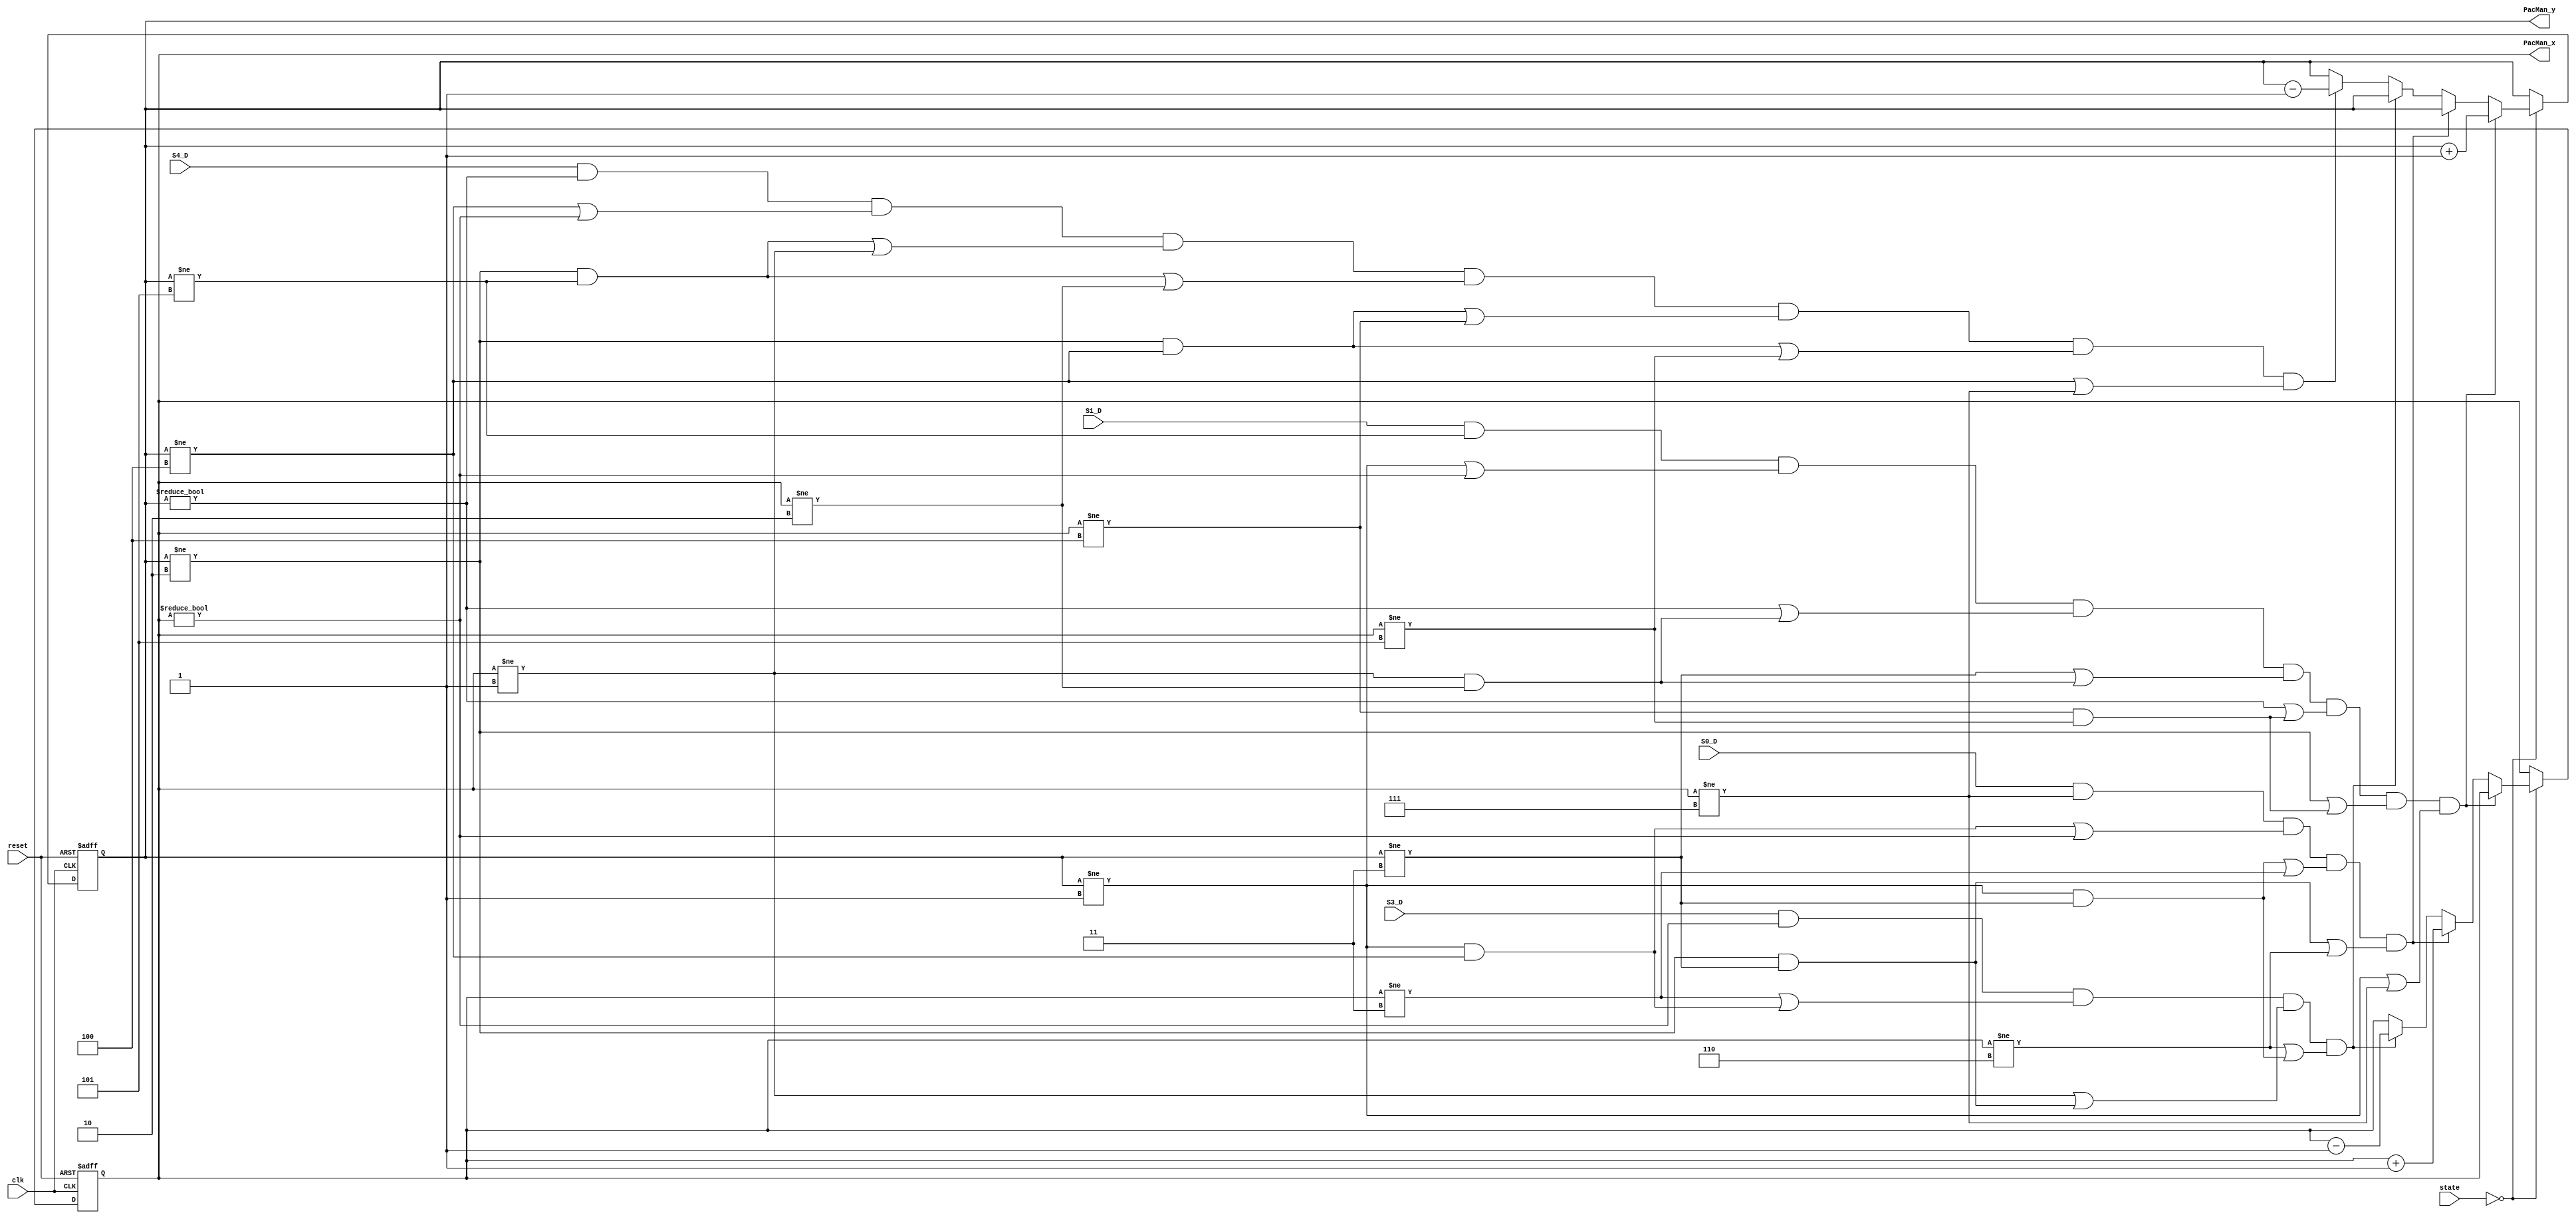
module PacMan_move(PacMan_x, PacMan_y, S1_D, S0_D, S3_D, S4_D, clk, reset, state);
output reg [2:0] PacMan_x, PacMan_y;
input S1_D, S0_D, S3_D, S4_D, clk, reset;
input [1:0] state;
always @(posedge clk or negedge reset)
begin
    if(!reset)
    begin
        PacMan_x <= 3'd0;
        PacMan_y <= 3'd5;
    end
    else
    begin
        if(state == 2'b0)
        begin
            if(S1_D && PacMan_y != 3'd5 && (PacMan_y != 3'd1 || PacMan_x != 3'd0) && (PacMan_y != 3'd0 || (PacMan_x != 3'd1 && PacMan_x != 3'd2)) && (PacMan_y != 3'd3 || (PacMan_x != 3'd1 && PacMan_x != 3'd2)) && (PacMan_y != 3'd0 || (PacMan_x != 3'd4 && PacMan_x != 3'd5)) && (PacMan_y != 3'd2 || (PacMan_x != 3'd4 && PacMan_x != 3'd5)) && (PacMan_y != 3'd1 || PacMan_x != 3'd7))
                PacMan_y <= PacMan_y + 3'd1;
            else if(S0_D && PacMan_x != 3'd7 && ((PacMan_y != 3'd1 && PacMan_y != 3'd4 )|| PacMan_x != 3'd0) && ((PacMan_y != 3'd1 && PacMan_y != 3'd3) || PacMan_x != 3'd3) && ((PacMan_y != 3'd2 && PacMan_y != 3'd3) || PacMan_x != 3'd6))
                PacMan_x <= PacMan_x + 3'd1;
            else if(S3_D && PacMan_x != 3'd0 && (PacMan_x != 3'd3 || (PacMan_y != 3'd1 && PacMan_y != 3'd4)) && (PacMan_x != 3'd1 || (PacMan_y != 3'd3 && PacMan_y != 3'd2)) && (PacMan_x != 3'd6 || (PacMan_y != 3'd1 && PacMan_y != 3'd3)))
                PacMan_x <= PacMan_x - 3'd1;
            else if(S4_D && PacMan_y != 3'd0 && (PacMan_y != 3'd4 || PacMan_x != 3'd0) && ((PacMan_y != 3'd2 && PacMan_y != 3'd5) || PacMan_x != 3'd1) && ((PacMan_y != 3'd2 && PacMan_y != 3'd5) || PacMan_x != 3'd2) && ((PacMan_y != 3'd2 && PacMan_y != 3'd4) || PacMan_x != 3'd4) && ((PacMan_y != 3'd4 && PacMan_y != 3'd2) || PacMan_x != 3'd5) && (PacMan_y != 3'd4 || PacMan_x != 3'd7))
                PacMan_y <= PacMan_y - 3'd1;
        end
    end
end 
endmodule